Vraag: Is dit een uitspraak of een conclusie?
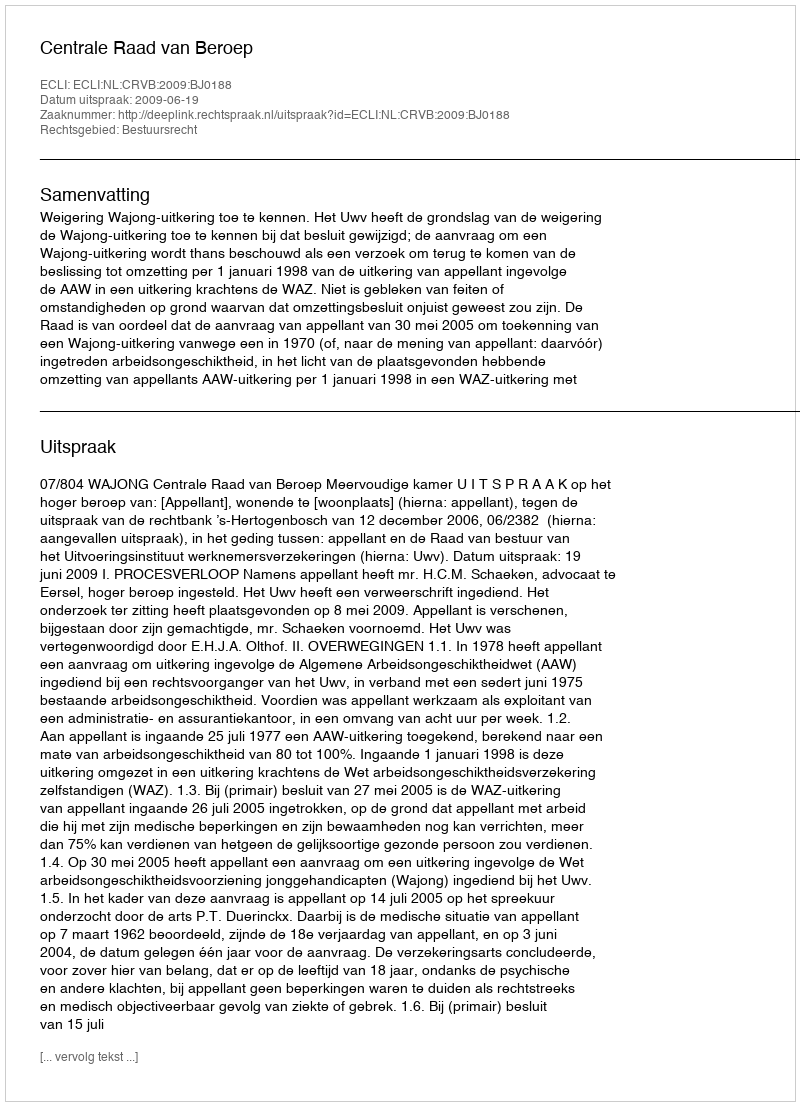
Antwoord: Uitspraak